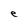
Character: e